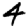
Digit: 4